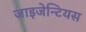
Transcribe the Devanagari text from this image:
जाइजेन्टियस